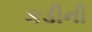
કડીની